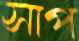
সাপ